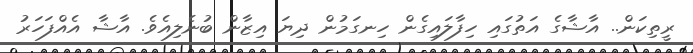
ރީތިކަން.. އާޝާގެ އަތުގައި ހިފާލައިގެން ހިނގަމުން ދިޔަ އިޒާން ބުނެލިއެވެ. އާޝާ އެއްފަހަރު